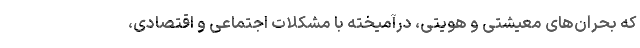
که بحران‌های معیشتی و هویتی، درآمیخته با مشکلات اجتماعی و اقتصادی،